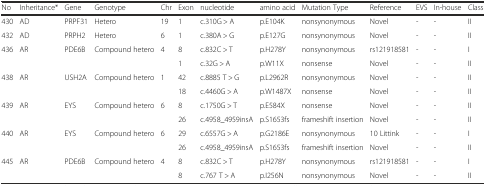
| No | Inheritance* | Gene | Genotype | Chr | Exon | nucleotide | amino acid | Mutation Type | Reference | EVS | In-house | Class |
 | --- | --- | --- | --- | --- | --- | --- | --- | --- | --- | --- | --- | --- |
 | 430 | AD | PRPF31 | Hetero | 19 | 1 | c.310G > A | p.E104K | nonsynonymous | Novel | - | - | II |
 | 432 | AD | PRPH2 | Hetero | 6 | 1 | c.380A > G | p.E127G | nonsynonymous | Novel | - | - | II |
 | <ROWSPAN=2> 436 | <ROWSPAN=2> AR | <ROWSPAN=2> PDE6B | <ROWSPAN=2> Compound hetero | <ROWSPAN=2> 4 | 8 | c.832C > T | p.H278Y | nonsynonymous | rs121918581 | - | - | Ι |
 | 1 | c.32G > A | p.W11X | nonsense | Novel | - | - | II |
 | <ROWSPAN=2> 438 | <ROWSPAN=2> AR | <ROWSPAN=2> USH2A | <ROWSPAN=2> Compound hetero | <ROWSPAN=2> 1 | 42 | c.8885 T > G | p.L2962R | nonsynonymous | Novel | - | - | II |
 | 18 | c.4460G > A | p.W1487X | nonsense | Novel | - | - | II |
 | <ROWSPAN=2> 439 | <ROWSPAN=2> AR | <ROWSPAN=2> EYS | <ROWSPAN=2> Compound hetero | <ROWSPAN=2> 6 | 8 | c.1750G > T | p.E584X | nonsense | Novel | - | - | II |
 | 26 | c.4958_4959insA | p.S1653fs | frameshift insertion | Novel | - | - | II |
 | <ROWSPAN=2> 440 | <ROWSPAN=2> AR | <ROWSPAN=2> EYS | <ROWSPAN=2> Compound hetero | <ROWSPAN=2> 6 | 29 | c.6557G > A | p.G2186E | nonsynonymous | 10 Littink | - | - | Ι |
 | 26 | c.4958_4959insA | p.S1653fs | frameshift insertion | Novel | - | - | II |
 | <ROWSPAN=2> 445 | <ROWSPAN=2> AR | <ROWSPAN=2> PDE6B | <ROWSPAN=2> Compound hetero | <ROWSPAN=2> 4 | 8 | c.832C > T | p.H278Y | nonsynonymous | rs121918581 | - | - | I |
 | 8 | c.767 T > A | p.I256N | nonsynonymous | Novel | - | - | II |